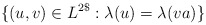
\begin{align*}\{(u, v) \in L^{2\$} : \lambda (u) = \lambda (va)\}\end{align*}